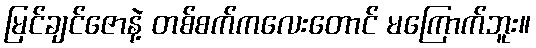
မြင်ချင်ဇောနဲ့ တစ်စက်ကလေးတောင် မကြောက်ဘူး။